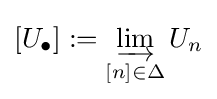
[U_{\bullet }]:=\varinjlim _{[n]\in \Delta }U_{n}